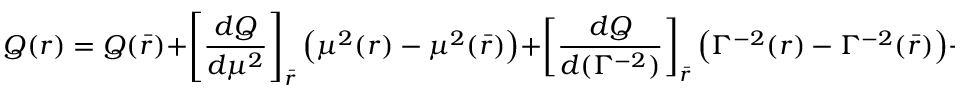
Q ( r ) = Q ( \bar { r } ) + \left[ { \frac { d Q } { d \mu ^ { 2 } } } \right] _ { \bar { r } } \left( \mu ^ { 2 } ( r ) - \mu ^ { 2 } ( \bar { r } ) \right) + \left[ { \frac { d Q } { d ( \Gamma ^ { - 2 } ) } } \right] _ { \bar { r } } \left( \Gamma ^ { - 2 } ( r ) - \Gamma ^ { - 2 } ( \bar { r } ) \right) + . . .